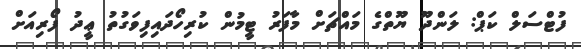
ފުޓްސަލް ކަޕް: ލަންދޫ ޔޫތްގެ މައްޗަށް މާފަރު ޓީމުން ކުރިހޯދައިފިވަގުތު ޢީދު ފޯރިއަށް